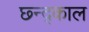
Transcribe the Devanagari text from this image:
छ्न्द्काल